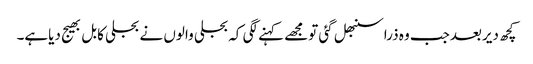
کچھ دیربعدجب وہ ذراسنبھل گئی تومجھے کہنے لگی کہ بجلی والوں نے بجلی کابل بھیج دیاہے۔